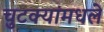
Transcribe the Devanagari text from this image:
चुटक्यांमधले